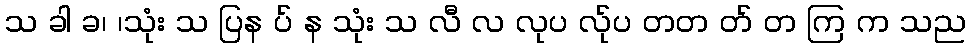
သ ခါ ခ၊ ၊သုံး သ ပြန ပ် န သုံး သ လီ လ လုပ လ်ုပ တတ တ် တ ကြ က သည